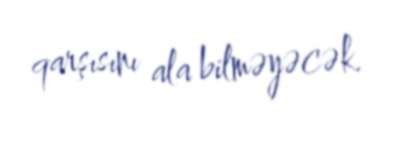
qarşısını ala bilməyəcək.